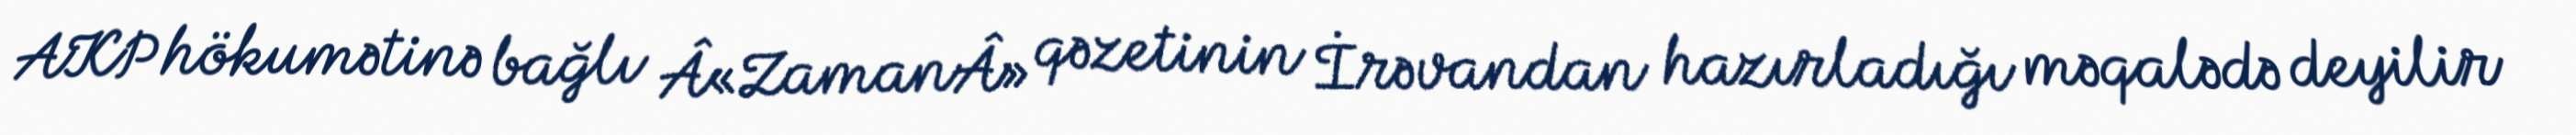
AKP hökumətinə bağlı Â«ZamanÂ» qəzetinin İrəvandan hazırladığı məqalədə deyilir